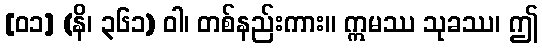
[၀၁] (နိ၊ ၃၆၁) ဝါ၊ တစ်နည်းကား။ ဣမဿ သုခဿ၊ ဤ